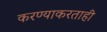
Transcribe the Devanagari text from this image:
करण्याकरताही